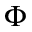
\Phi